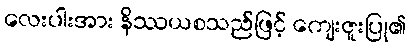
လေးပါးအား နိဿယစသည်ဖြင့် ကျေးဇူးပြု၏